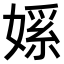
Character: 𫱘